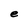
Character: e